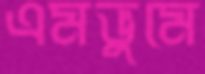
এমভুমে